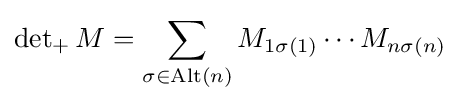
\det \nolimits _{+}M=\sum _{\sigma \in \operatorname {Alt} (n)}M_{1\sigma (1)}\cdots M_{n\sigma (n)}